Vaccination in Bombay 1856-1862 - 1856-1862
Year: 1856
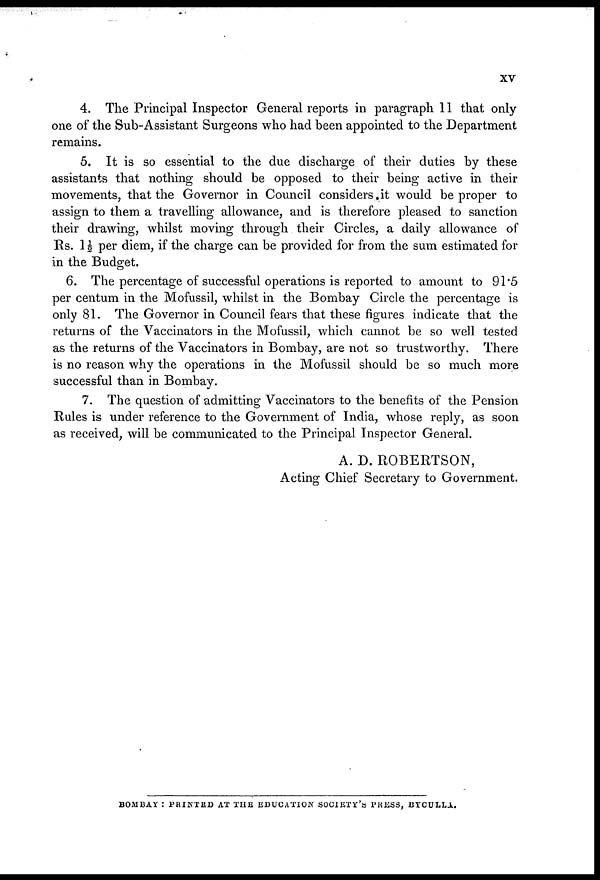
XV
4. The Principal Inspector General reports in paragraph 11 that only-
one of the Sub-Assistant Surgeons who had been appointed to the Department
remains.
5. It is so essential to the due discharge of their duties by these
assistants that nothing should be opposed to their being active in their
movements, that the Governor in Council considers it would be proper to
assign to them a travelling allowance, and is therefore pleased to sanction
their drawing, whilst moving through their Circles, a daily allowance of
Rs. 1 ½ per diem, if the charge can be provided for from the sum estimated for
in the Budget.
6. The percentage of successful operations is reported to amount to 91.5
per centum in the Mofussil, whilst in the Bombay Circle the percentage is
only 81. The Governor in Council fears that these figures indicate that the
returns of the Vaccinators in the Mofussil, which cannot be so well tested
as the returns of the Vaccinators in Bombay, are not so trustworthy. There
is no reason why the operations in the Mofussil should be so much more
successful than in Bombay.
7. The question of admitting Vaccinators to the benefits of the Pension
Rules is under reference to the Government of India, whose reply, as soon
as received, will be communicated to the Principal Inspector General.
A. D. ROBERTSON,
Acting Chief Secretary to Government.
BOMBAY : PRINTED AT THE EDUCATION SOCIETY'S PRESS, BYCULLA.